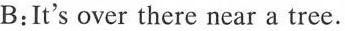
B:It's over there near a tree.